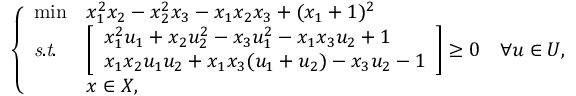
\left\{ \begin{array} { l l l } { \operatorname* { m i n } } & { x _ { 1 } ^ { 2 } x _ { 2 } - x _ { 2 } ^ { 2 } x _ { 3 } - x _ { 1 } x _ { 2 } x _ { 3 } + ( x _ { 1 } + 1 ) ^ { 2 } } \\ { \mathit { s . t . } } & { \left[ \begin{array} { l } { x _ { 1 } ^ { 2 } u _ { 1 } + x _ { 2 } u _ { 2 } ^ { 2 } - x _ { 3 } u _ { 1 } ^ { 2 } - x _ { 1 } x _ { 3 } u _ { 2 } + 1 } \\ { x _ { 1 } x _ { 2 } u _ { 1 } u _ { 2 } + x _ { 1 } x _ { 3 } ( u _ { 1 } + u _ { 2 } ) - x _ { 3 } u _ { 2 } - 1 } \end{array} \right] \geq 0 \quad \forall u \in U , } \\ & { x \in X , } \end{array} \right.